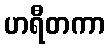
ဟရီတကာ